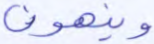
وينهون